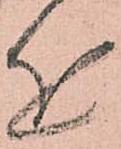
近